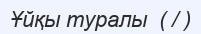
Ұйқы туралы  ( / )